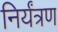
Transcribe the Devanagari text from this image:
निर्यंत्रण